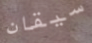
سيقان